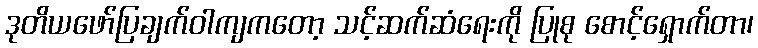
ဒုတိယဖော်ပြချက်ဝါကျကတော့ သင့်ဆက်ဆံရေးကို ပြုစု စောင့်ရှောက်တာ၊